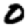
Digit: 0